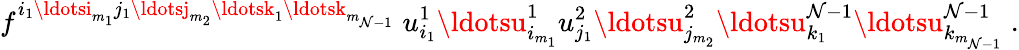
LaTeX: f^{i_{1}\ldotsi_{m_{1}}j_{1}\ldotsj_{m_{2}}\ldotsk_{1}\ldotsk_{m_{\mathcal{N}-1}}}\; u_{i_{1}}^{1}\ldotsu_{i_{m_{1}}}^{1}u_{j_{1}}^{2}\ldotsu_{j_{m_{2}}}^{2}\ldotsu_{k_{1}}^{\mathcal{N}-1}\ldotsu_{k_{m_{\mathcal{N}-1}}}^{\mathcal{N}-1}\; .